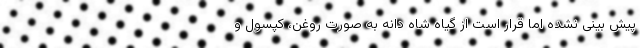
پیش بینی نشده اما قرار است از گیاه شاه دانه به صورت روغن، کپسول و